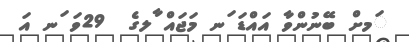
ަމށް ބޭނުންވާ އައްޑަ ަނ މަޖައް ާލގެ  29ވަ ަނ އަ